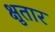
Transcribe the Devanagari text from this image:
क्षुतार